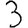
Digit: 3